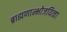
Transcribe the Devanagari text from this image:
ब्राह्मणान्भोजयित्वा